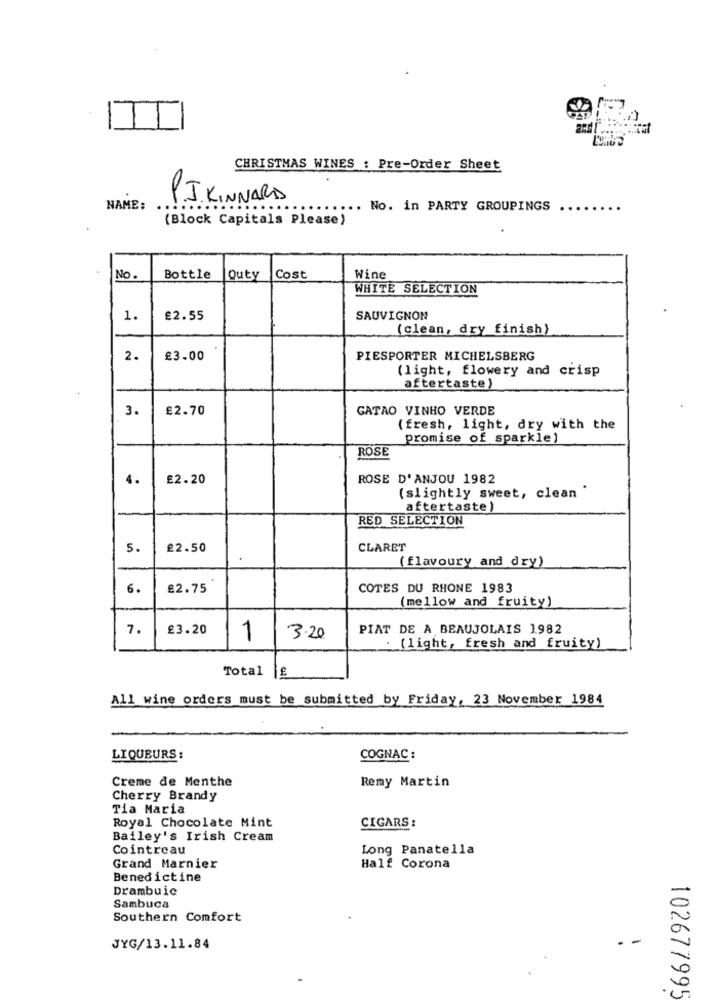
CHRISTMAS WINES : Pre-Order Sheet
PI KINNARD
NAME:
.... No. in PARTY GROUPINGS
(Block Capitals Please)
No .
Bottle
Quty
Cost
Wine
WHITE SELECTION
1.
£2.55
SAUVIGNON
(clean, dry finish)
2.
£3.00
PIESPORTER MICHELSBERG
(light, flowery and crisp
aftertaste)
3.
£2.70
GATAO VINHO VERDE
( fresh, light, dry with the
promise of sparkle)
ROSE
4.
£2.20
ROSE D'ANJOU 1982
(slightly sweet, clean "
aftertaste)
RED SELECTION
5.
£2.50
CLARET
(flavoury and dry)
6.
£2.75
COTES DU RHONE 1983
(mellow and fruity)
7.
£3.20
1
PIAT DE A BEAUJOLAIS 1982
3.20
. (light, fresh and fruity)
Total
1€
All wine orders must be submitted by Friday, 23 November 1984
LIQUEURS :
COGNAC :
Creme de Menthe
Remy Martin
Cherry Brandy
Tia Maria
CIGARS :
Royal Chocolate Mint
Bailey's Irish Cream
Cointreau
Long Panatella
Grand Marnier
Half Corona
Benedictine
Drambuic
Sambuca
Southern Comfort
-
JYG/13.11.84
102677995